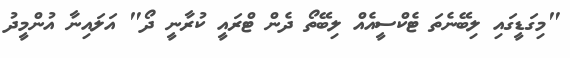
"މިގަޑީގައި ލިބޭނެތަ ޓެކްސީއެއް ލިބޭތޯ ދެން ޓްރައީ ކުރާނީ ދޯ" އަލައިނާ އުންމީދު